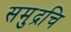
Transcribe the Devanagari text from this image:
समुद्रचि